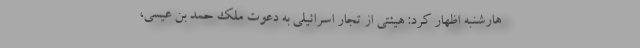
هارشنبه اظهار کرد: هیئتی از تجار اسرائیلی به دعوت ملک حمد بن عیسی،